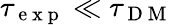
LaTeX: \tau_{\mathrm{~e~x~p~}}\ll\tau_{\mathrm{~D~M~}}